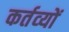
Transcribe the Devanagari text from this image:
कर्तव्‍यों